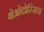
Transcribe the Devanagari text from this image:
थेओदोस्सिस